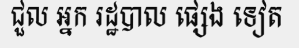
ជួល អ្នក រដ្ឋបាល ផ្សេង ទៀត